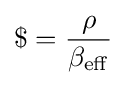
\$={\rho  \over \beta _{\mathrm {eff} }}